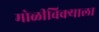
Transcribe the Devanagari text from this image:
मोळीविक्याला